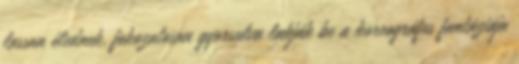
lassan élednek, fokozatosan gyorsulva lakják be a koreográfus fantáziája